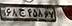
۶۸ج۴۵۸۶۷